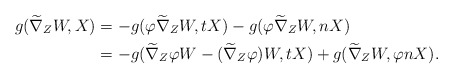
\begin{align*}g(\widetilde\nabla_{Z}W, X)&=-g(\varphi\widetilde\nabla_{Z}W, tX)-g(\varphi\widetilde\nabla_{Z}W, nX) \\ &=-g(\widetilde\nabla_{Z}\varphi W-(\widetilde\nabla_{Z}\varphi)W, tX)+g(\widetilde\nabla_{Z}W, \varphi nX).\end{align*}